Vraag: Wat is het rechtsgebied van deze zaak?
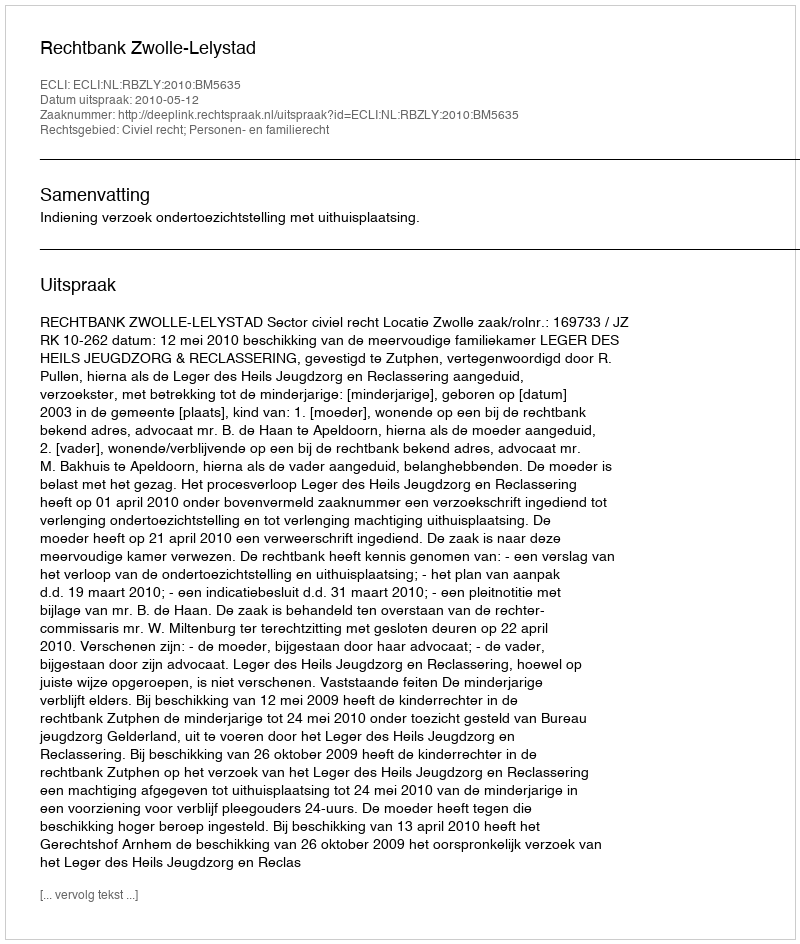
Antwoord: Civiel recht; Personen- en familierecht